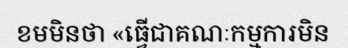
ខមមិនថា «ធ្វើជាគណៈកម្មការមិន